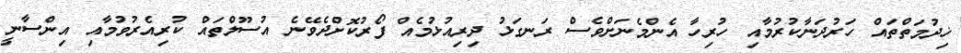
ޚިދުމަތްތައް ހަރުދަނާކުރުމާއި ހުރިހާ އެންމެނަށްވެސް ރަނގަޅު ދިރިއުޅުމެއް ފޯރުކޮށްދެވޭނެ އުސޫލްތައް ކުރިއެރުވުމާއި އިންސާނީ